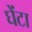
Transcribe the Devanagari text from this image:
घेंटा